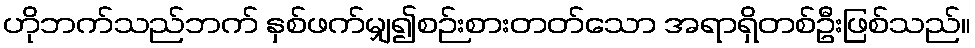
ဟိုဘက်သည်ဘက် နှစ်ဖက်မျှ၍စဉ်းစားတတ်သော အရာရှိတစ်ဦးဖြစ်သည်။